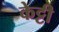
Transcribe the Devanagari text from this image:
केट्टी